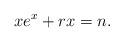
LaTeX: \begin{align*}xe^x+rx=n.\end{align*}